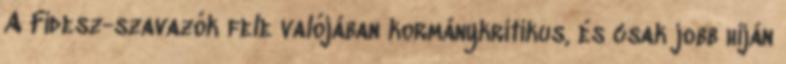
A Fidesz-szavazók fele valójában kormánykritikus, és csak jobb híján